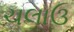
ચલાઉ